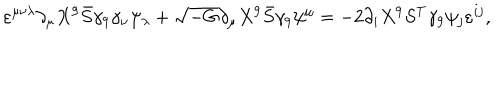
LaTeX: \varepsilon ^ { \mu \nu \lambda } \partial _ { \mu } X ^ { 9 } \bar { S } \gamma _ { 9 } \gamma _ { \nu } \psi _ { \lambda } + \sqrt { - G } \partial _ { \mu } X ^ { 9 } \bar { S } \gamma _ { 9 } \psi ^ { \mu } = - 2 \partial _ { i } X ^ { 9 } S ^ { T } \gamma _ { 9 } \psi _ { j } \varepsilon ^ { i j } ,